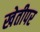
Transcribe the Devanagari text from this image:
खेतीपर